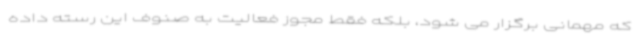
که مهمانی برگزار می شود، بلکه فقط مجوز فعالیت به صنوف این رسته داده